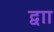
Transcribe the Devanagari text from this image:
द्वाा